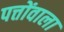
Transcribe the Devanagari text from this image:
पत्तोंवाला